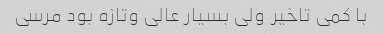
با کمی تاخیر ولی بسیار عالی وتازه بود مرسی